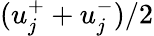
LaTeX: (u_{j}^{+}+u_{j}^{-})/2